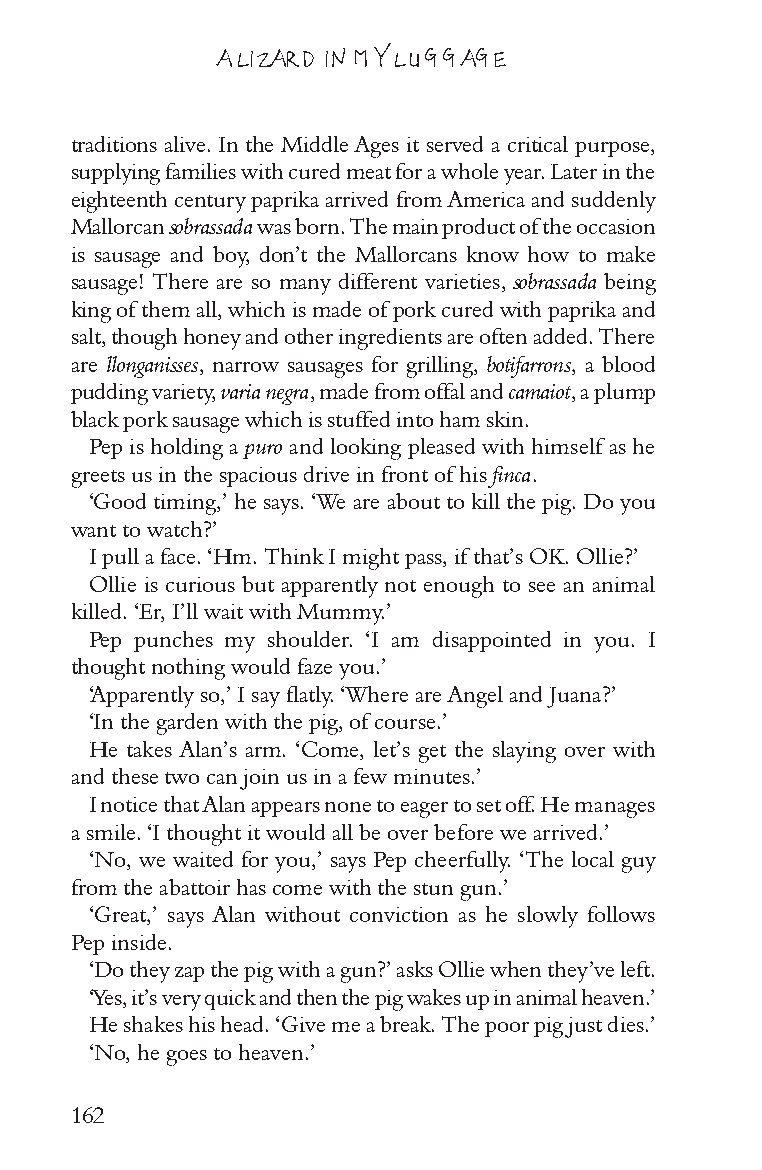
A LIZARD IN MY LUGGAGE
 traditions alive. In the Middle Ages it served a critical purpose,
 supplying families with cured meat for a whole year. Later in the
 eighteenth century paprika arrived from America and suddenly
 Mallorcan sobrassada was born. The main product of the occasion
 is sausage and boy, don’t the Mallorcans know how to make
 sausage! There are so many different varieties, sobrassada being
 king of them all, which is made of pork cured with paprika and
 salt, though honey and other ingredients are often added. There
 are llonganisses, narrow sausages for grilling, botifarrons, a blood
 pudding variety, varia negra, made from offal and camaiot, a plump
 black pork sausage which is stuffed into ham skin.
 Pep is holding a puro and looking pleased with himself as he
 greets us in the spacious drive in front of his finca.
 ‘Good timing,’ he says. ‘We are about to kill the pig. Do you
 want to watch?’
 I pull a face. ‘Hm. Think I might pass, if that’s OK. Ollie?’
 Ollie is curious but apparently not enough to see an animal
 killed. ‘Er, I’ll wait with Mummy.’
 Pep punches my shoulder. ‘I am disappointed in you. I
 thought nothing would faze you.’
 ‘Apparently so,’ I say flatly. ‘Where are Angel and Juana?’
 ‘In the garden with the pig, of course.’
 He takes Alan’s arm. ‘Come, let’s get the slaying over with
 and these two can join us in a few minutes.’
 I notice that Alan appears none to eager to set off. He manages
 a smile. ‘I thought it would all be over before we arrived.’
 ‘No, we waited for you,’ says Pep cheerfully. ‘The local guy
 from the abattoir has come with the stun gun.’
 ‘Great,’ says Alan without conviction as he slowly follows
 Pep inside.
 ‘Do they zap the pig with a gun?’ asks Ollie when they’ve left.
 ‘Yes, it’s very quick and then the pig wakes up in animal heaven.’
 He shakes his head. ‘Give me a break. The poor pig just dies.’
 ‘No, he goes to heaven.’
 162